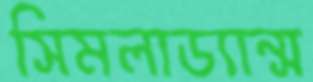
সিমলাড্যান্স